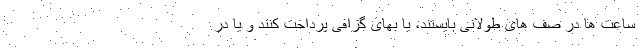
ساعت ها در صف های طولانی بایستند، یا بهای گزافی پرداخت کنند و یا در